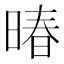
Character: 暙